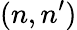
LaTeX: (n,n^{\prime})